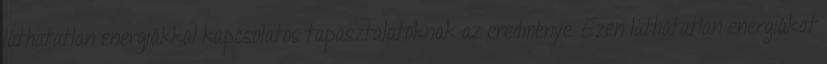
láthatatlan energiákkal kapcsolatos tapasztalatoknak az eredménye. Ezen láthatatlan energiákat